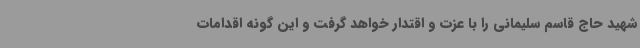
شهید حاج قاسم سلیمانی را با عزت و اقتدار خواهد گرفت و این گونه اقدامات